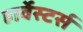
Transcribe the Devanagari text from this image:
हार्वेस्टर्स